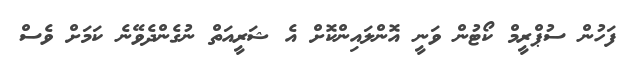
ފަހުން ސުޕްރީމް ކޯޓުން ވަނީ އޮންލައިންކޮށް އެ ޝަރީއަތް ނުގެންދެވޭނެ ކަމަށް ވެސް